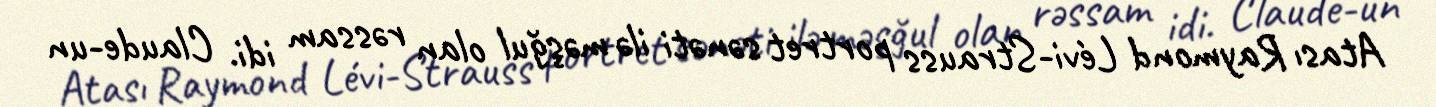
Atası Raymond Lévi-Strauss portret sənəti ilə məşğul olan rəssam idi. Claude-un